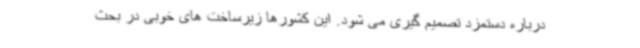
درباره دستمزد تصمیم گیری می شود. این کشورها زیرساخت های خوبی در بحث